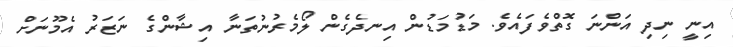
އިނީ ނިދި އަންނަ ގޮތްވެފައެވެ. މަޑުމަޑުން އިނދެގެން ލޯމެރުނުތަނާ އިޝާންގެ ނަޒަރު އެމޫނަށް